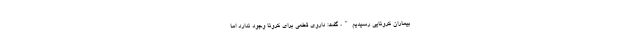
بیماران کرونایی رسیدیم"، گفت: داروی قطعی برای کرونا وجود ندارد اما